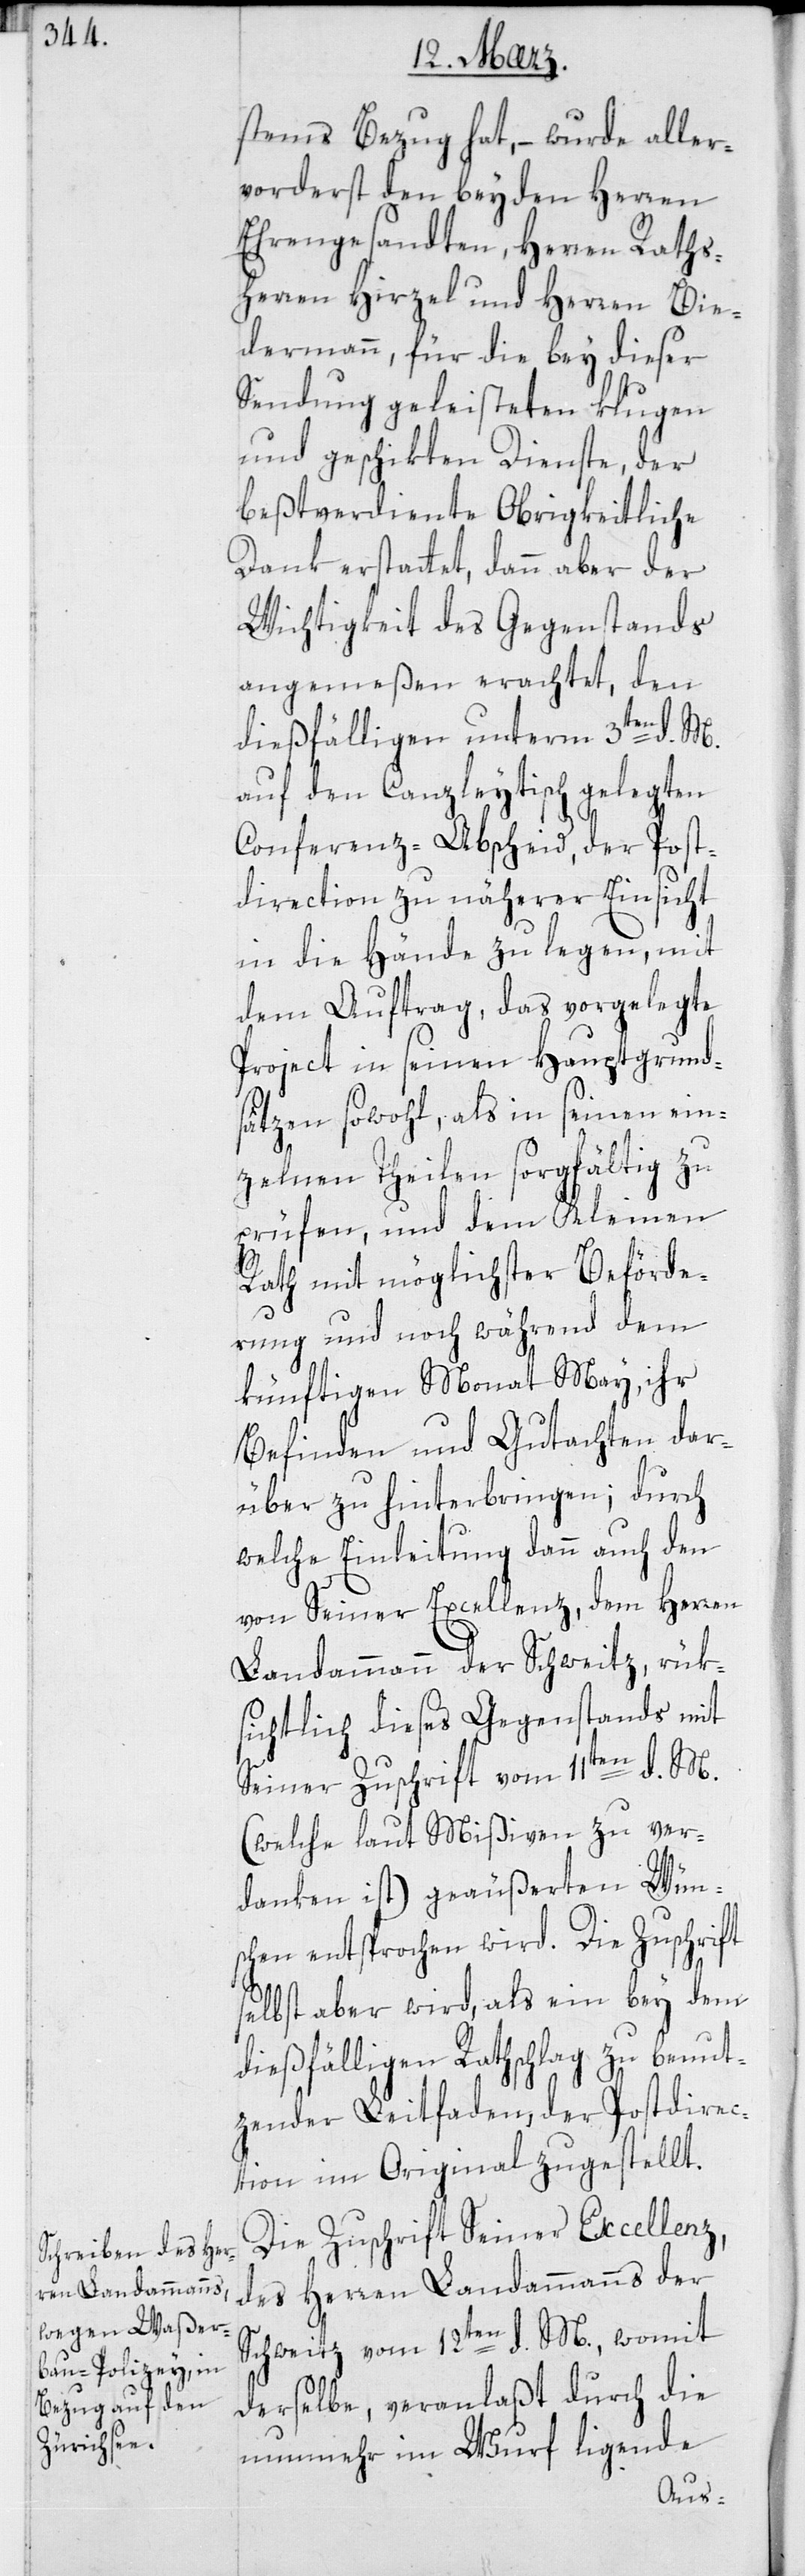
stems Bezug hat, – wurde aller¬
vorderst den beyden Herren
Ehrengesandten, Herren Raths¬
herren Hirzel und Herren Bie¬
dermann, für die bey dieser
Sendung geleisteten klugen
und geschikten Dienste, der
beßtverdiente Obrigkeitliche
Dank erstattet, dann aber der
Wichtigkeit des Gegenstands
angemeßen erachtet, den
dießfälligen unterm 3ten d.
auf den Canzleytisch gelegten
Conferenz-Abscheid, der Post¬
direction zu näherer Einsicht
in die Hände zu legen, mit
dem Auftrag, das vorgelegte
Project in seinen Hauptgrund¬
sätzen sowohl, als in seinen ein¬
zelnen Theilen sorgfältig zu
prüfen, und dem Kleinen
Rath mit möglichster Beförde¬
rung und noch während dem
künftigen Monat May, ihr
Befinden und Gutachten dar¬
über zu hinterbringen; durch
welche Einleitung dann auch den
von Seiner Excellenz dem Herren
Landammann der Schweitz, rük¬
sichtlich dieses Gegenstands mit
seiner Zuschrift vom 11ten d.
(welche laut Mißiven zu ver¬
danken ist) geäußerten Wün¬
schen entsprochen wird. Die Zuschrift
selbst aber wird als ein bey dem
dießfälligen Rathschlag zu benut¬
zender Leitfaden, der Postdirec¬
tion im Original zugestellt.
Die Zuschrift Seiner Excellenz,
des Herren Landammanns der
Schweitz vom 12ten d. M., womit
derselbe, veranlaßt durch die
nunmehr im Wurf ligende